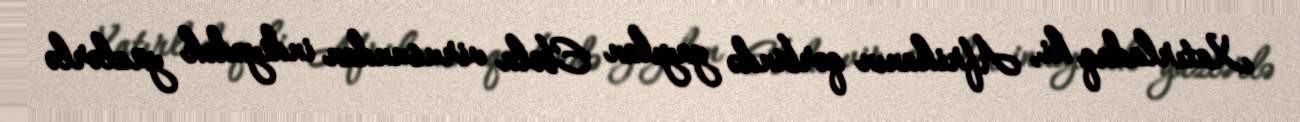
Xatırladaq ki, Afrikanın qərbində yayılan Ebola virusundan indiyədək yüzlərlə